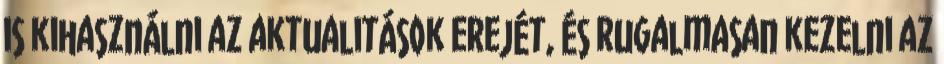
is kihasználni az aktualitások erejét, és rugalmasan kezelni az